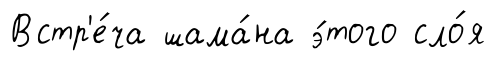
Встр'е́ча шама́на э́того сло́я